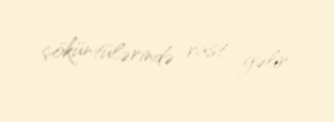
çöküntülərində rast gəlir.